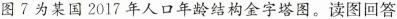
图7为某国2017年人口年龄结构金字塔图。读图回答